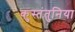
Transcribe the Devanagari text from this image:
कुस्तंतुनिया